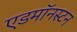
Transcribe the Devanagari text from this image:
एडमॉनस्टन